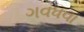
ગવધવા